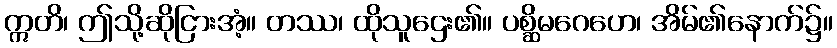
ဣတိ၊ ဤသို့ဆိုငြားအံ့။ တဿ၊ ထိုသူဌေး၏။ ပစ္ဆိမဂေဟေ၊ အိမ်၏နောက်၌။